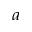
^ a